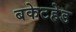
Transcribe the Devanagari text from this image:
बकेटहेड